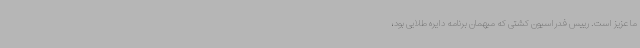
ما عزیز است. رییس فدراسیون کشتی که میهمان برنامه دایره طلایی بود،